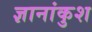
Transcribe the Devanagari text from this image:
ज्ञानांकुश